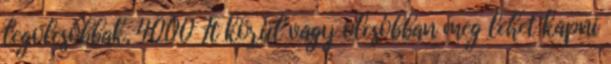
legolcsóbbak, 4000 Ft körül vagy olcsóbban meg lehet kapni